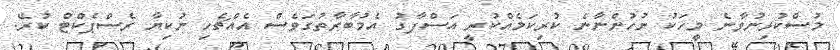
މުސްކުޅިނުވާނެ މީހަކު ނުހުންނާނެ ކުރިކަމެއްކުރީ އަސްފާގު އެމުބާރާތުގަވެސް އެއްޗެހި ނުކިޔާ ރެސްޕެކްޓް ކުރޭ.